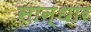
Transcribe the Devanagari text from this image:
सान्धार